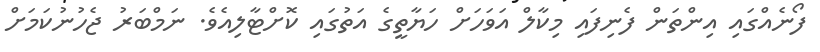
ފޯނެއްގައި އިންތަން ފެނިފައި މިކާލް އަވަހަށް ހަޔާތީގެ އަތުގައި ކޮށްޓާލިއެވެ. ނަމްބަރު ޖެހުނުކަމަށް